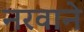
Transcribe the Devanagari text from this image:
नरवाने